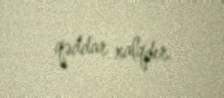
qəddar xalqdır.